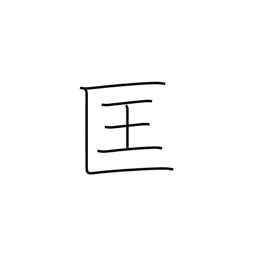
Meaning: correct